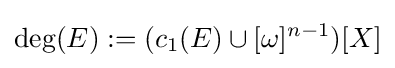
\mathrm {deg} (E):=(c_{1}(E)\cup [\omega ]^{n-1})[X]